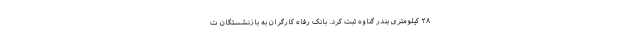
۲۸ کیلومتری بندر گناوه ثبت کرد. بانک رفاه کارگران به بازنشستگان ت